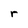
Character: r